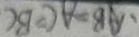
A B = A C = B C